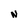
Character: N